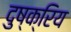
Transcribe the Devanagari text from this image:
दुष्क्रिय